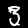
Label: 3